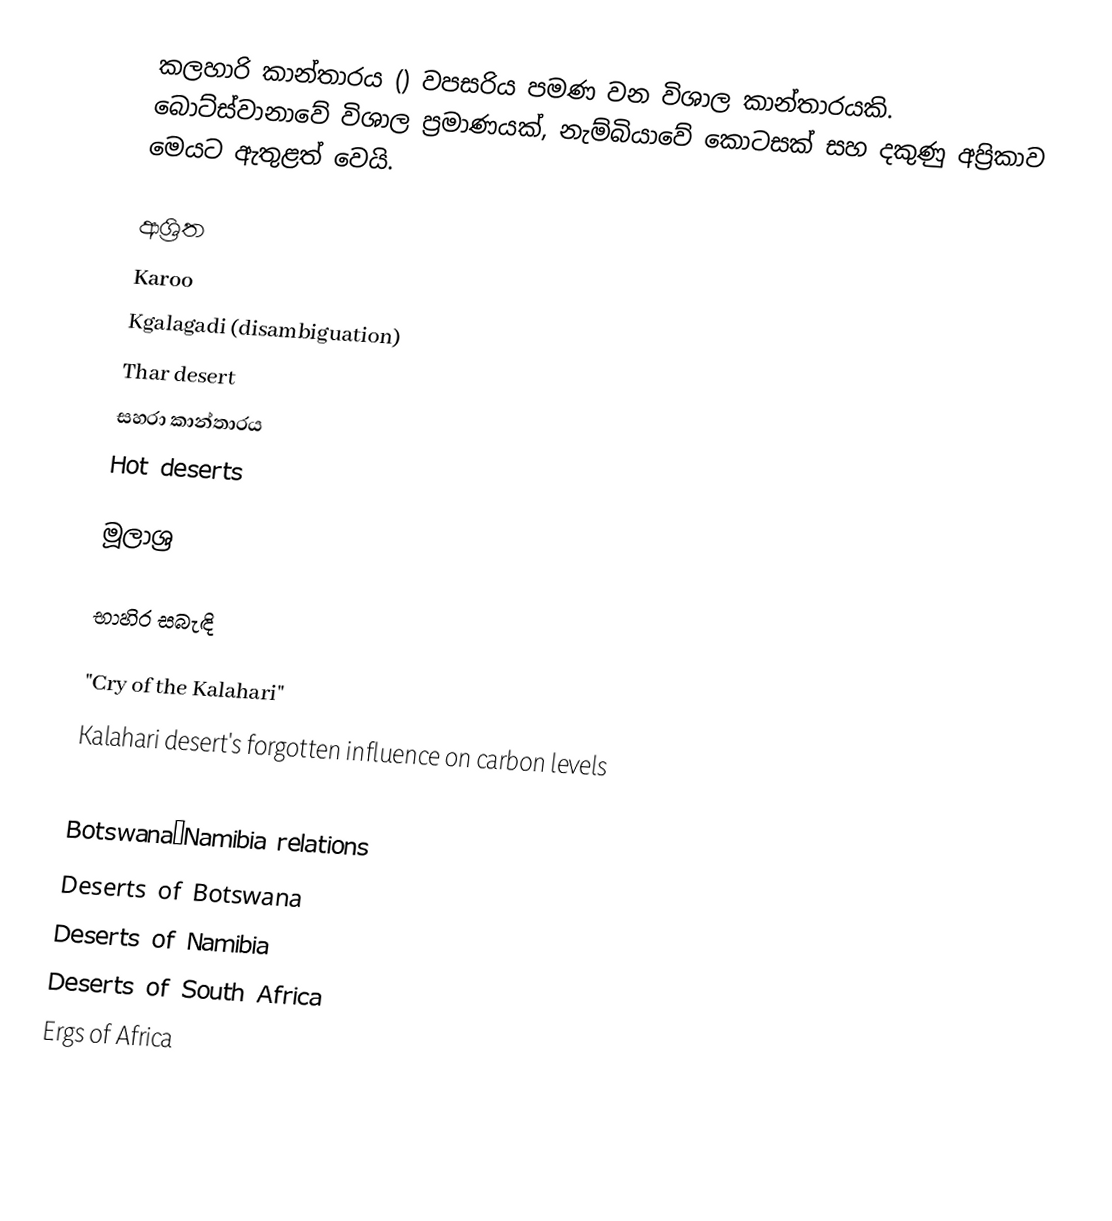
කලහාරි කාන්තාරය () වපසරිය  පමණ වන විශාල කාන්තාරයකි. බොට්ස්වානාවේ විශාල ප්‍රමාණයක්, නැම්බියාවේ කොටසක් සහ දකුණු අප්‍රිකාව මෙයට ඇතුළත් වෙයි.

ආශ්‍රිත
Karoo
Kgalagadi (disambiguation)
Thar desert
සහරා කාන්තාරය
Hot deserts

මූලාශ්‍ර

භාහිර සබැඳි

 "Cry of the Kalahari"
 Kalahari desert's forgotten influence on carbon levels

Botswana–Namibia relations
Deserts of Botswana
Deserts of Namibia
Deserts of South Africa
Ergs of Africa